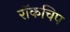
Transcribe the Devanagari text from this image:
रॉकचिप